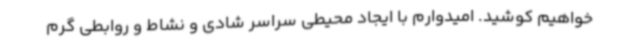
خواهیم کوشید. امیدوارم با ایجاد محیطی سراسر شادی و نشاط و روابطی گرم